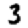
Digit: 3